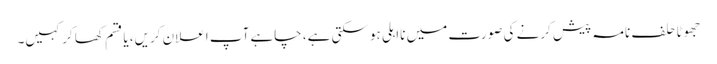
جھوٹا حلف نامہ پیش کرنے کی صورت میں نااہلی ہوسکتی ہے، چاہے آپ اعلان کریں، یا قسم کھا کر کہیں۔